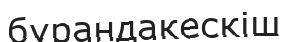
бұрандакескіш